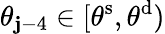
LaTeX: \theta_{\mathbf{j}-4}\in[\theta^{\mathrm{{s}}},\theta^{\mathrm{{d}}})